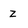
Character: Z